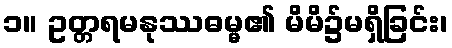
၁။ ဥတ္တရမနုဿဓမ္မ၏ မိမိ၌မရှိခြင်း၊